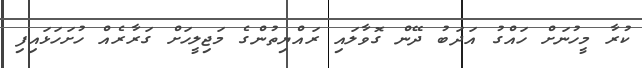
ކުރާ މީހުނަށް ހައްގު އަދަބު ދޭން ގޮވާލައި ރައްޔިތުންގެ މަޖިލީހަށް ގަރާރެއް ހުށަހަޅައިފި